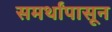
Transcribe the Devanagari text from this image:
समर्थांपासून